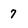
Character: 7